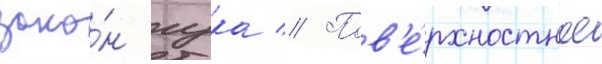
зако́н гука // Пов'е́рхностное